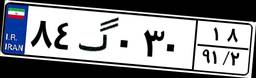
۸۴گ۰۳۰۱۸